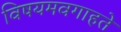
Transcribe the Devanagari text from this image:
विषयमवगाहते